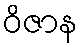
ဝိဇာန